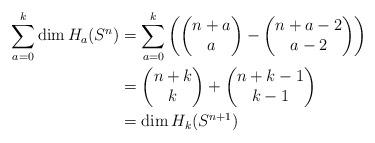
LaTeX: \begin{align*}\sum_{a=0}^k\dim H_a(S^n)&=\sum_{a=0}^k\begin{pmatrix}\begin{pmatrix}n+a\\a\end{pmatrix}-\begin{pmatrix}n+a-2\\a-2\end{pmatrix}\end{pmatrix}\\ &=\begin{pmatrix}n+k\\k\end{pmatrix}+\begin{pmatrix}n+k-1\\k-1\end{pmatrix}\\ &=\dim H_k(S^{n+1})\end{align*}